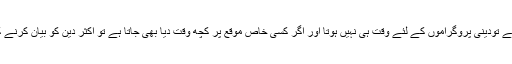
اور دوسرا تعلیم کے حصول کا اہم ذریعہ میدیا ہے اور میڈیا پرپہلے تودینی پروگراموں کے لئے وقت ہی نہیں ہوتا اور اگر کسی خاص موقع پر کچھ وقت دیا بھی جاتا ہے تو اکثر دین کو بیان کرنے کی ذمہ داری علماء حق کے بجائے فنکاروں کے سپرد ہوتی ہے۔